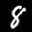
Label: 8